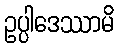
ဥပ္ပါဒေဿာမိ